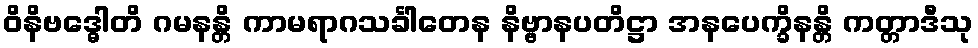
ဝိနိဗဒ္ဓေါတိ ဂမနန္တိ ကာမရာဂသင်္ခါတေန နိဗ္ဗာနပတိဋ္ဌာ အနပေက္ခိနန္တိ ကတ္တာဒီသု